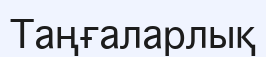
Таңғаларлық